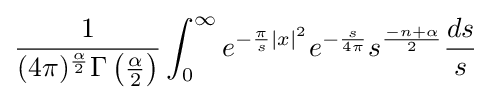
{\frac {1}{(4\pi )^{\frac {\alpha }{2}}\Gamma \left({\frac {\alpha }{2}}\right)}}\int _{0}^{\infty }e^{-{\frac {\pi }{s}}|x|^{2}}e^{-{\frac {s}{4\pi }}}s^{\frac {-n+\alpha }{2}}{\frac {ds}{s}}